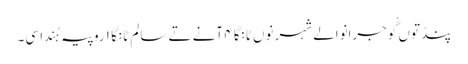
پنڈ توں گُوجرانوالے شہر نوں ٹانگا ٤ آنے تے سالم ٹانگا ١ روپیہ ہُندا سی۔